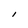
Character: I